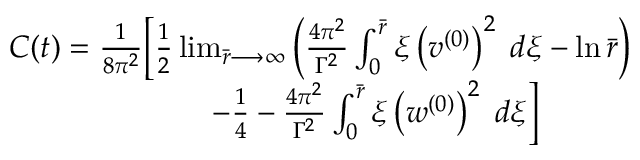
\begin{array} { r } { C ( t ) = \frac { 1 } { 8 \pi ^ { 2 } } \Big [ \frac { 1 } { 2 } \operatorname* { l i m } _ { \bar { r } \longrightarrow \infty } \left( \frac { 4 \pi ^ { 2 } } { \Gamma ^ { 2 } } \int _ { 0 } ^ { \bar { r } } \xi \left( v ^ { ( 0 ) } \right) ^ { 2 } \; d \xi - \ln \bar { r } \right) } \\ { - \frac { 1 } { 4 } - \frac { 4 \pi ^ { 2 } } { \Gamma ^ { 2 } } \int _ { 0 } ^ { \bar { r } } \xi \left( w ^ { ( 0 ) } \right) ^ { 2 } \; d \xi \Big ] \quad \quad \quad } \end{array}